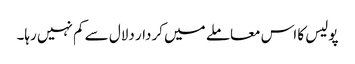
پولیس کا اس معاملے میں کردار دلال سے کم نہیں رہا۔